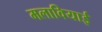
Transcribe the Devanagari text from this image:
मलावियाई